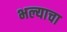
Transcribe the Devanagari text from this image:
भल्याचा